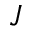
J